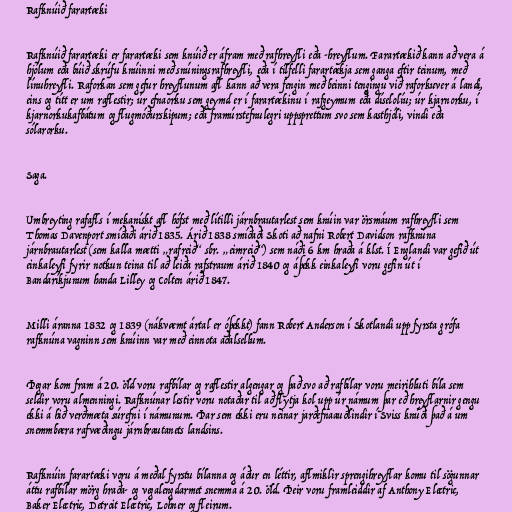
Rafknúið farartæki

Rafknúið farartæki er farartæki sem knúið er áfram með rafhreyfli eða -hreyflum. Farartækið kann að vera á
hjólum eða búið skrúfu knúinni með snúningsrafhreyfli, eða í tilfelli farartækja sem ganga eftir teinum, með
línuhreyfli. Raforkan sem gefur hreyflunum afl kann að vera fengin með beinni tengingu við raforkuver á landi,
eins og títt er um raflestir; úr efnaorku sem geymd er í farartækinu í rafgeymum eða díselolíu; úr kjarnorku, í
kjarnorkukafbátum og flugmóðurskipum; eða framúrstefnulegri uppsprettum svo sem kasthjóli, vindi eða
sólarorku.

Saga.

Umbreyting rafafls í mekanískt afl hófst með lítilli járnbrautarlest sem knúin var örsmáum rafhreyfli sem
Thomas Davenport smíðaði árið 1835. Árið 1838 smíðaði Skoti að nafni Robert Davidson rafknúna
járnbrautarlest (sem kalla mætti „rafreið“ sbr. „eimreið“) sem náði 6 km hraða á klst. Í Englandi var gefið út
einkaleyfi fyrir notkun teina til að leiða rafstraum árið 1840 og áþekk einkaleyfi voru gefin út í
Bandaríkjunum handa Lilley og Colten árið 1847.

Milli áranna 1832 og 1839 (nákvæmt ártal er óþekkt) fann Robert Anderson í Skotlandi upp fyrsta grófa
rafknúna vagninn sem knúinn var með einnota aðalsellum.

Þegar kom fram á 20. öld voru rafbílar og raflestir algengar og það svo að rafbílar voru meirihluti bíla sem
seldir voru almenningi. Rafknúnar lestir voru notaðar til að flytja kol upp úr námum þar eð hreyflarnir gengu
ekki á hið verðmæta súrefni í námunum. Þar sem ekki eru neinar jarðefnaauðlindir í Sviss knúði það á um
snemmbæra rafvæðingu járnbrautanets landsins.

Rafknúin farartæki voru á meðal fyrstu bílanna og áður en léttir, aflmiklir sprengihreyflar komu til sögunnar
áttu rafbílar mörg hraða- og vegalengdarmet snemma á 20. öld. Þeir voru framleiddir af Anthony Electric,
Baker Electric, Detroit Electric, Lohner og fleirum.